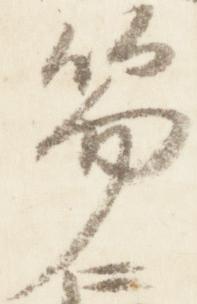
笏